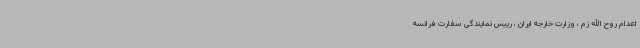
اعدام روح الله زم ، وزارت خارجه ایران ، رییس نمایندگی سفارت فرانسه